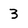
Character: 3